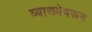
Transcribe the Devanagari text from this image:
व्याख्येवरून